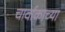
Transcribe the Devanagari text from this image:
चार्वाकाच्या